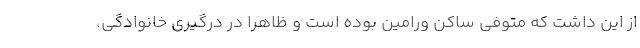
از این داشت که متوفی ساکن ورامین بوده است و ظاهرا در درگیری خانوادگی،